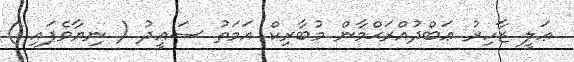
ޢަލީ ޒާހިރު ޢަބްދުއްރަޙްމާން މުބާރިކް އަމަތު ސަޢީދު ( ނިޔާވެފައި )